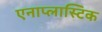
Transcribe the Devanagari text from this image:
एनाप्लास्टिक